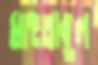
মাহতাবুল